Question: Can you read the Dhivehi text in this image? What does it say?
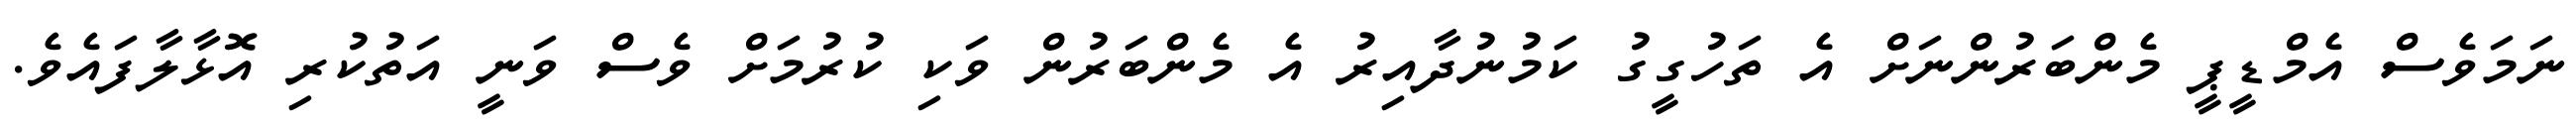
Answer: ނަމަވެސް އެމްޑީޕީ މެންބަރުންނަށް އެ ތަހުގީގު ކަމުނުދާއިރު އެ މެންބަރުން ވަކި ކުރުމަށް ވެސް ވަނީ އަތުކުރި އޮޅާލާފައެވެ.